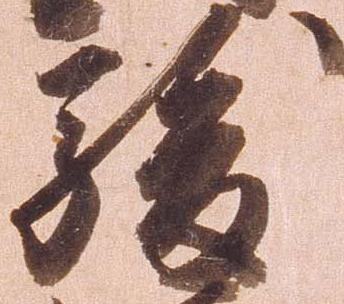
駿